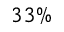
3 3 \%